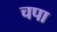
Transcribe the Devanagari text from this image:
चपा